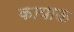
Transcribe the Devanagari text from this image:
कायाऊ